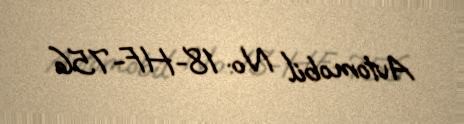
Avtomobil №: 18-HF-756